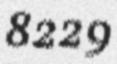
8229